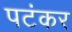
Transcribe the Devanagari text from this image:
पटंकर